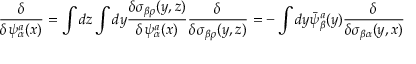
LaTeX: { \frac { \delta } { \delta \psi _ { \alpha } ^ { a } ( x ) } } = \int d z \int d y { \frac { \delta \sigma _ { \beta \rho } ( y , z ) } { \delta \psi _ { \alpha } ^ { a } ( x ) } } { \frac { \delta } { \delta \sigma _ { \beta \rho } ( y , z ) } } = - \int d y \bar { \psi } _ { \beta } ^ { a } ( y ) { \frac { \delta } { \delta \sigma _ { \beta \alpha } ( y , x ) } }